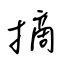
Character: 摘